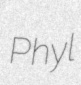
Phyl